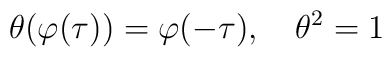
\theta(\varphi(\tau))=\varphi(-\tau),\quad\theta^2=1